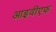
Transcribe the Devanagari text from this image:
आइवीएफ